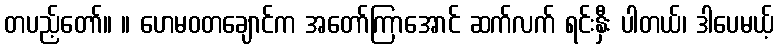
တပည့်တော်။ ။ ဟေမဝတချောင်က အတော်ကြာအောင် ဆက်လက် ရင်းနှီး ပါတယ်၊ ဒါပေမယ့်